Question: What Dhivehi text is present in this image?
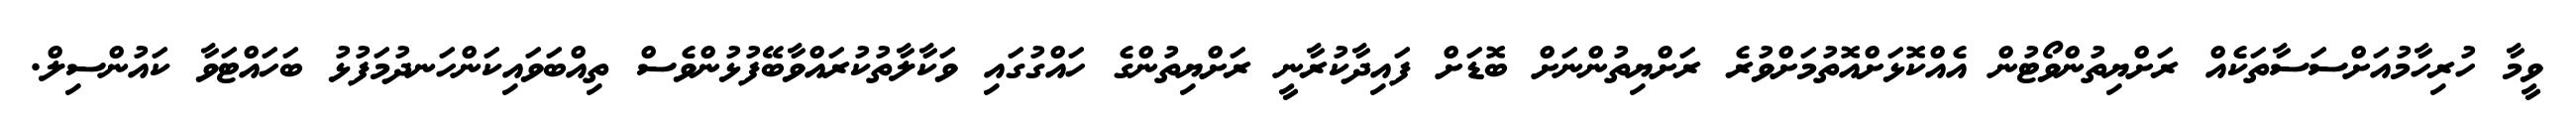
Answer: ވީމާ ހުރިހާމުއަށްސަސާތަކެއް ރަށްޔިތުންވޯޓުން އެއްކޮޅަށްއޮތުމަށްވުރެ ރަށްޔިތުންނަށް ބޮޑަށް ފައިދާކުރާނީ ރަށްޔިތުންގެ ހައްގުގައި ވަކާލާތުކުރައްވާބޭފުޅުންވެސް ތިއްބަވައިކަންހަނދުމަފުޅު ބަހައްޓަވާ ކައުންސިލް.